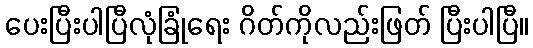
ပေးပြီးပါပြီလုံခြုံရေး ဂိတ်ကိုလည်းဖြတ် ပြီးပါပြီ။